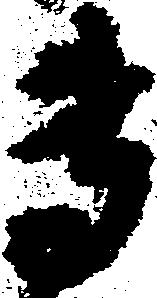
専